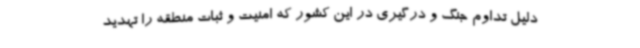
دلیل تداوم جنگ و درگیری در این کشور که امنیت و ثبات منطقه را تهدید